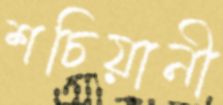
শচিয়ানী